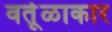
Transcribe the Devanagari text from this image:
वर्तूळाकार